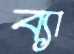
ব্যা